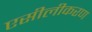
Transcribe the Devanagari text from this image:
एसीलीकरण